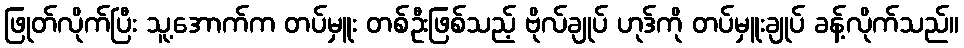
ဖြုတ်လိုက်ပြီး သူ့အောက်က တပ်မှူး တစ်ဦးဖြစ်သည့် ဗိုလ်ချုပ် ဟုဒ်ကို တပ်မှူးချုပ် ခန့်လိုက်သည်။